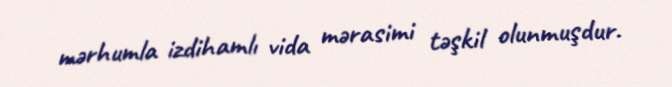
mərhumla izdihamlı vida mərasimi təşkil olunmuşdur.